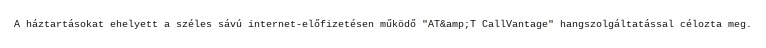
A háztartásokat ehelyett a széles sávú internet-előfizetésen működő "AT&amp;T CallVantage" hangszolgáltatással célozta meg.